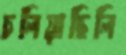
চলিয়াছিলি